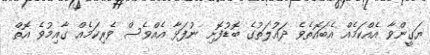
ޔަގީންވާ އެއްކަމެއް އެބައޮތެވެ ދައުލަތުގެ ބޮޑުފޮށި ނުފަޅާ އެއްވެސް ވެރިކަމެއް ގާއިމުވެ އޮތް